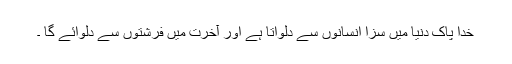
خدا پاک دنیا میں سزا انسانوں سے دلواتا ہے اور آخرت میں فرشتوں سے دلوائے گا ۔